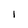
Character: I